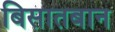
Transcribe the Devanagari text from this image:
बिसातबान